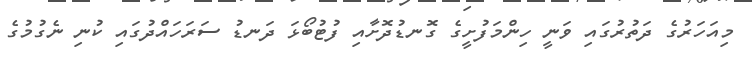
މިއަހަރުގެ ދަތުރުގައި ވަނީ ހިންމަފުށީގެ ގޮނޑުދޮށާއި ފުޓުބޯޅަ ދަނޑު ސަރަހައްދުގައި ކުނި ނެގުމުގެ